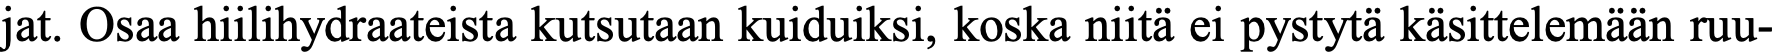
jat. Osaa hiilihydraateista kutsutaan kuiduiksi, koska niitä ei pystytä käsittelemään ruu-